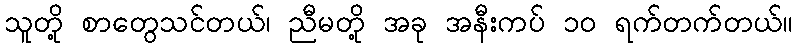
သူတို့ စာတွေသင်တယ်၊ ညီမတို့ အခု အနီးကပ် ၁၀ ရက်တက်တယ်။